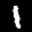
Label: 1